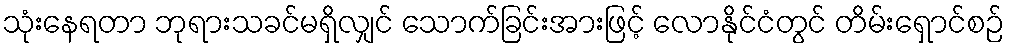
သုံးနေရတာ ဘုရားသခင်မရှိလျှင် သောက်ခြင်းအားဖြင့် လောနိုင်ငံတွင် တိမ်းရှောင်စဉ်